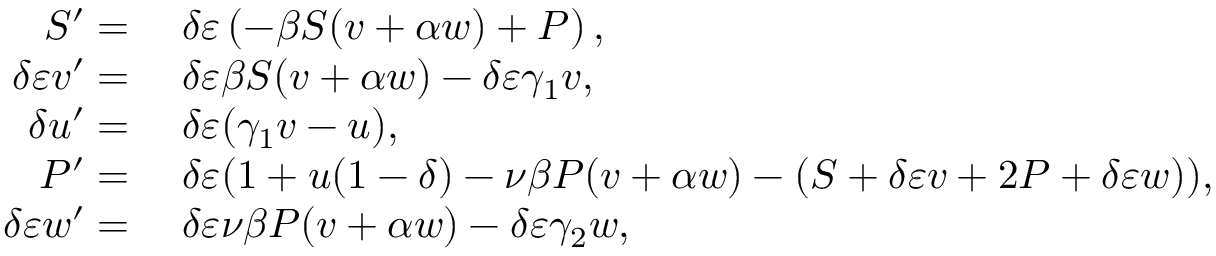
\begin{array} { r l } { S ^ { \prime } = } & { \; \delta \varepsilon \left( - \beta S ( v + \alpha w ) + P \right) , } \\ { \delta \varepsilon v ^ { \prime } = } & { \; \delta \varepsilon \beta S ( v + \alpha w ) - \delta \varepsilon \gamma _ { 1 } v , } \\ { \delta u ^ { \prime } = } & { \; \delta \varepsilon ( \gamma _ { 1 } v - u ) , } \\ { P ^ { \prime } = } & { \; \delta \varepsilon ( 1 + u ( 1 - \delta ) - \nu \beta P ( v + \alpha w ) - ( S + \delta \varepsilon v + 2 P + \delta \varepsilon w ) ) , } \\ { \delta \varepsilon w ^ { \prime } = } & { \; \delta \varepsilon \nu \beta P ( v + \alpha w ) - \delta \varepsilon \gamma _ { 2 } w , } \end{array}